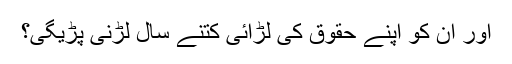
اور ان کو اپنے حقوق کی لڑائی کتنے سال لڑنی پڑیگی؟